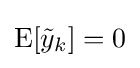
\mathrm {E} [{\tilde {y}}_{k}]=0